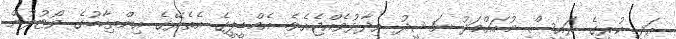
އަދި ކުރީގެ ރައީސް މުހައްމަދު ނަޝީދު ވިދާޅުވެއްޖެއެވެ. އެމްޑީޕީގެ އެތެރޭގެ އިންތިހާބުގެ ވޯޓުލުން